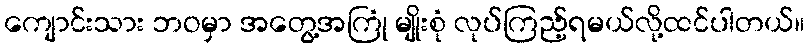
ကျောင်းသား ဘဝမှာ အတွေ့အကြုံ မျိုးစုံ လုပ်ကြည့်ရမယ်လို့ထင်ပါတယ်။